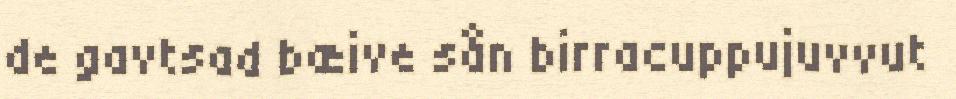
de gavtsad bæive sån birracuppujuvvut